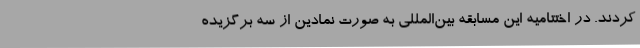
کردند. در اختتامیه این مسابقه بین‌المللی به صورت نمادین از سه برگزیده